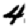
Digit: 4